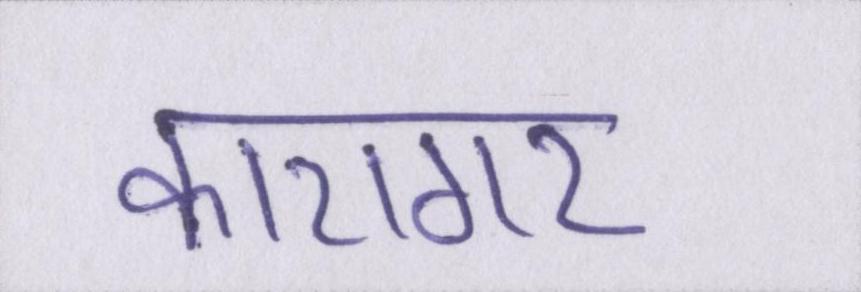
कारागर